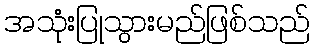
အသုံးပြုသွားမည်ဖြစ်သည်